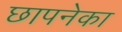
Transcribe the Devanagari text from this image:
छापनेका